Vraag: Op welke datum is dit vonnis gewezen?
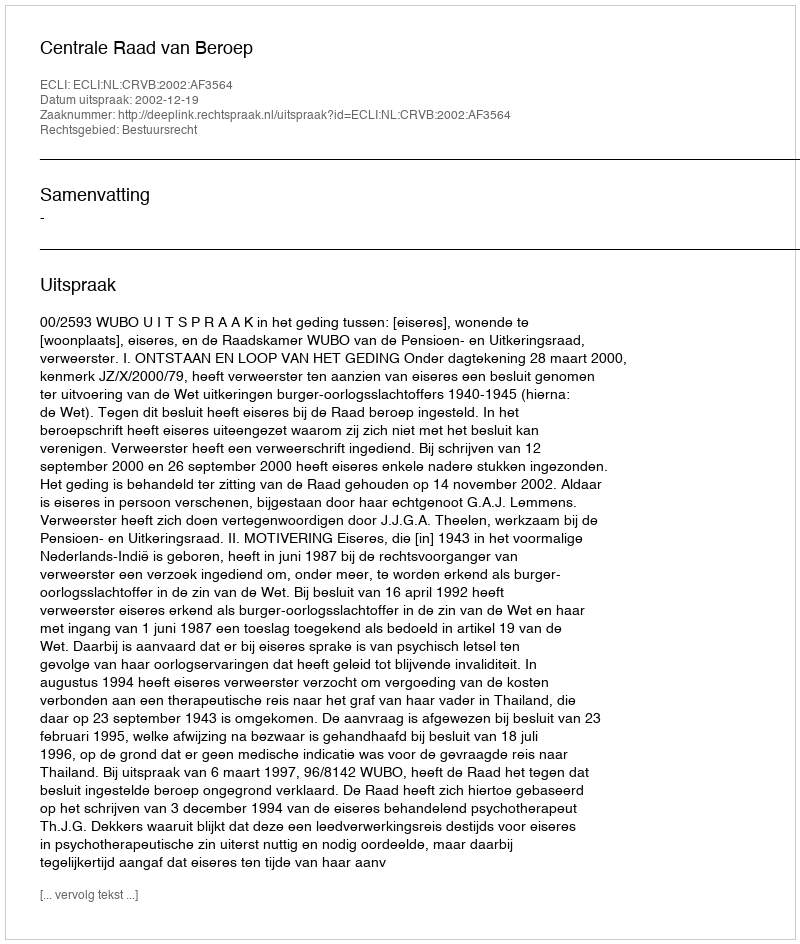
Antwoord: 2002-12-19